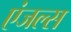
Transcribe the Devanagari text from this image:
एंजल्‍स